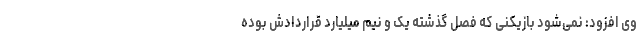
وی افزود: نمی‌شود بازیکنی که فصل گذشته یک و نیم میلیارد قراردادش بوده